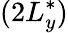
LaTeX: (2L_{y}^{*})